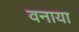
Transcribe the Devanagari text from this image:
वनाया